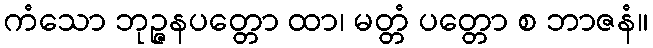
ကံသော ဘုဉ္ဇနပတ္တော ထာ၊ မတ္တံ ပတ္တော စ ဘာဇနံ။